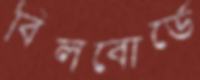
বিলবোর্ডে